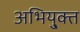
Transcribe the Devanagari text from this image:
अभियु्क्त